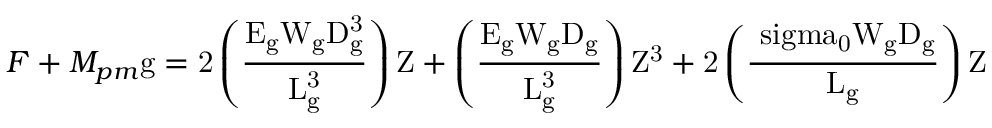
{ F + M _ { p m } \mathrm { g = 2 \left( { \frac { { E _ { \mathrm { g } } W _ { \mathrm { g } } D _ { \mathrm { g } } ^ { 3 } } } { { L _ { \mathrm { g } } ^ { 3 } } } } \right) Z + \left( { \frac { { E _ { \mathrm { g } } W _ { \mathrm { g } } D _ { \mathrm { g } } } } { { L _ { \mathrm { g } } ^ { 3 } } } } \right) { Z ^ { 3 } } + 2 \left( { \frac { { { \ s i g m a _ { 0 } } W _ { \mathrm { g } } D _ { \mathrm { g } } } } { { L _ { \mathrm { g } } } } } \right) Z } }